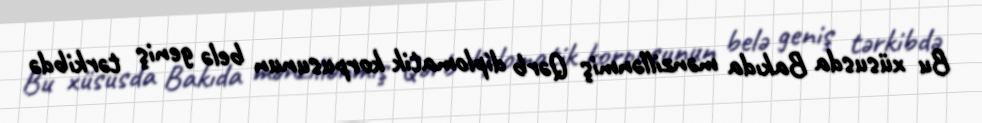
Bu xüsusda Bakıda mənzillənmiş Qərb diplomatik korpusunun belə geniş tərkibdə